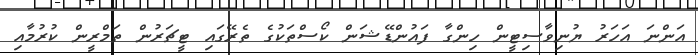
އަންނަ އަހަރު ޔުނިވާސިޓީން ހިންގާ ފައުންޑޭޝަން ކޯސްތަކުގެ ތެރޭގައި ޓީޗަރުން ތަމްރީން ކުރުމާއި